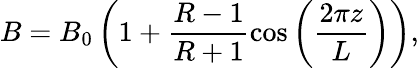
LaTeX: B=B_{0}\left(1+\frac{R-1}{R+1}\cos\left(\frac{2\pi z}{L}\right)\right),